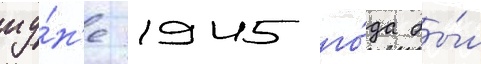
иу́н'е 1945 го́да бы́л